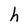
Character: h